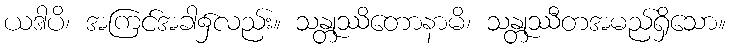
ယဒါပိ၊ အကြင်အခါ၌လည်း။ သန္တုဿိတောနာမိ၊ သန္တုဿီတအမည်ရှိသော။